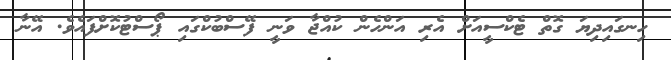
ހިނގައިދިޔަ ގޮތް ޓެކްސީއަށް އެރި އަންހެން ކުއްޖާ ވަނީ ފޭސްބުކްގައި ޕޯސްޓުކޮށްފައެވެ. އޭނާ